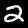
Label: 2